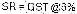
SR = GST @6%